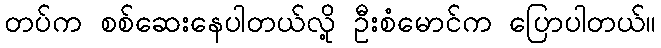
တပ်က စစ်ဆေးနေပါတယ်လို့ ဦးစံမောင်က ပြောပါတယ်။